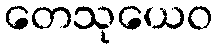
တေသုယေဝ